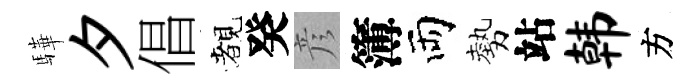
驊夕倡覩癸彦簿両勢站韩方